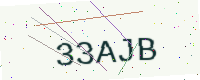
Text: 33AJB